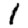
Digit: 1